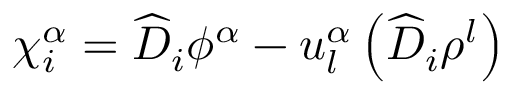
\chi _ { i } ^ { \alpha } = { \widehat { D } } _ { i } \phi ^ { \alpha } - u _ { l } ^ { \alpha } \left( { \widehat { D } } _ { i } \rho ^ { l } \right)